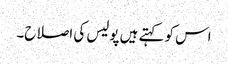
اس کو کہتے ہیں پولیس کی اصلاح۔